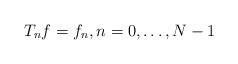
LaTeX: \begin{align*}T_nf=f_n,n=0,\ldots,N-1\end{align*}